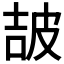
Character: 𤿠